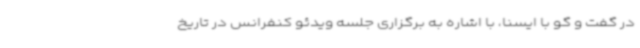
در گفت و گو با ایسنا، با اشاره به برگزاری جلسه ویدئو کنفرانس در تاریخ